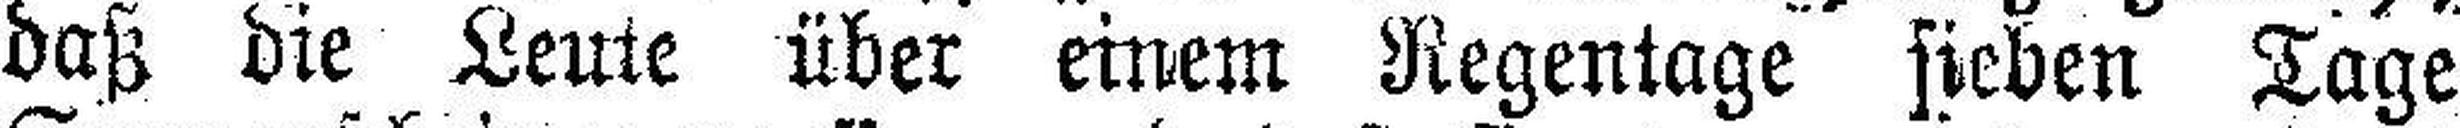
daß die Leute über einem Regentage sieben Tage